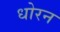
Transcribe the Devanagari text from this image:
धोरन